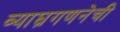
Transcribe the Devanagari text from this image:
व्याघ्रगणनेची